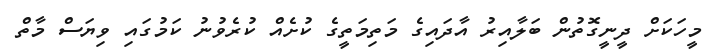
މީހަކަށް ދީނީގޮތުން ބަލާއިރު އާދައިގެ މަތިމަތީގެ ކުށެއް ކުރެވުނު ކަމުގައި ވިޔަސް މާތް